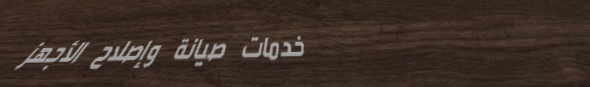
خدمات صيانة وإصلاح الأجهز